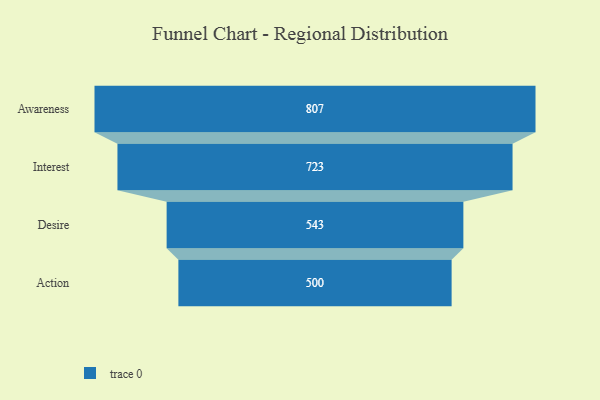
{"axis": {"x": "Stage", "y": "Value"}, "legend": [""], "data": [{"x": "Awareness", "y": 807.0, "type": ""}, {"x": "Interest", "y": 723.0, "type": ""}, {"x": "Desire", "y": 543.0, "type": ""}, {"x": "Action", "y": 500, "type": ""}]}